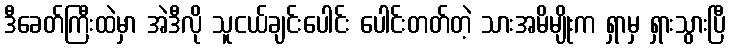
ဒီခေတ်ကြီးထဲမှာ အဲဒီလို သူငယ်ချင်းပေါင်း ပေါင်းတတ်တဲ့ သားအမိမျိုးက ရှာမှ ရှားသွားပြီ